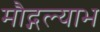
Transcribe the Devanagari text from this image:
मौद्गल्याभ